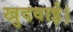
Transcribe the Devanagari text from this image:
खुदवाई।